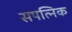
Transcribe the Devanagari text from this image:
सपत्निक